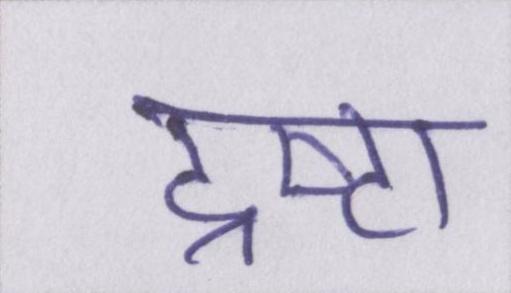
द्रष्टा